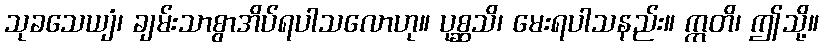
သုခသေယျံ၊ ချမ်းသာစွာအိပ်ရပါသလောဟု။ ပုစ္ဆသိ၊ မေးရပါသနည်း။ ဣတိ၊ ဤသို့။